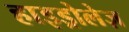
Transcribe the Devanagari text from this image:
हाइड्रोलेज़